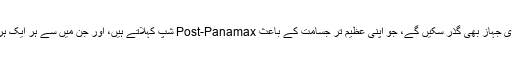
جب یہ توسیعی منصوبہ مکمل ہو گیا، تو اس آبی گذرگاہ سے ایسے بحری جہاز بھی گذر سکیں گے، جو اپنی عظیم تر جسامت کے باعث Post-Panamax شپ کہلاتے ہیں، اور جن میں سے ہر ایک ہر بارہ اور تیرہ ہزار کے درمیان تک تجارتی کنٹینر لادے جا سکتے ہیں۔